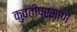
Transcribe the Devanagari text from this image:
कुवतीप्रमाणे